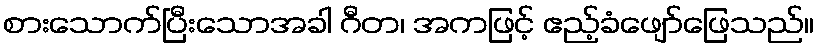
စားသောက်ပြီးသောအခါ ဂီတ၊ အကဖြင့် ဧည့်ခံဖျော်ဖြေသည်။